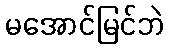
မအောင်မြင်ဘဲ